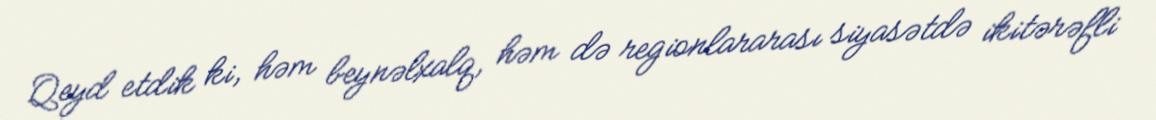
Qeyd etdik ki, həm beynəlxalq, həm də regionlararası siyasətdə ikitərəfli